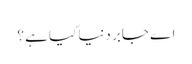
اے جابر دنیا کیا ہے ؟